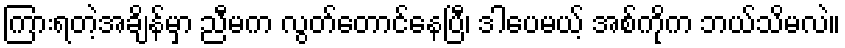
ကြားရတဲ့အချိန်မှာ ညီမက လွတ်တောင်နေပြီ၊ ဒါပေမယ့် အစ်ကိုက ဘယ်သိမလဲ။